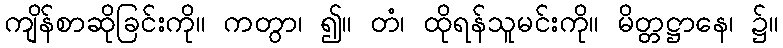
ကျိန်စာဆိုခြင်းကို။ ကတွာ၊ ၍။ တံ၊ ထိုရန်သူမင်းကို။ မိတ္တဋ္ဌာနေ၊ ၌။